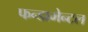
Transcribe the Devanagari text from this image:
फन्डामेन्टल